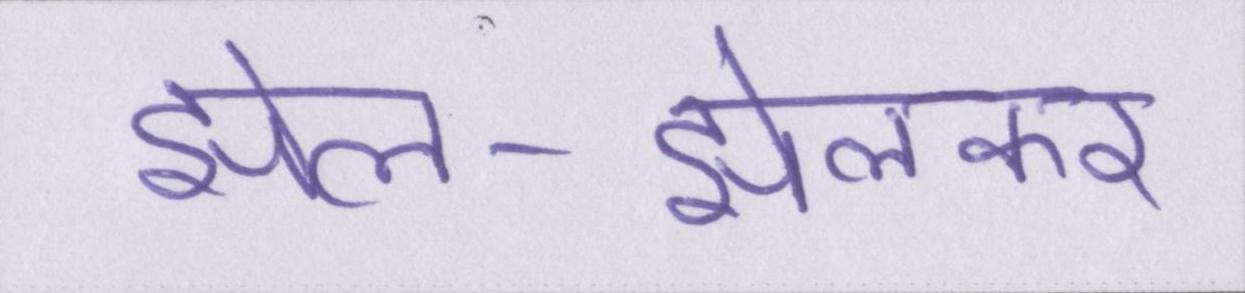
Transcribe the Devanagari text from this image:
झेल-झेलकर